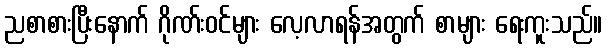
ညစာစားပြီးနောက် ဂိုဏ်းဝင်များ လေ့လာရန်အတွက် စာများ ရေးကူးသည်။